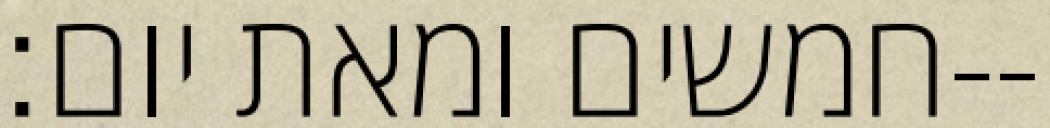
חמשים ומאת יום׃--